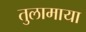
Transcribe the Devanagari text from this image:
तुलामाया